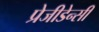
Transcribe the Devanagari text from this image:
प्रेजीडेन्सी